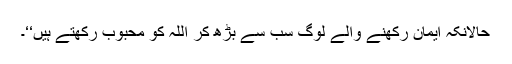
حالانکہ ایمان رکھنے والے لوگ سب سے بڑھ کر اللہ کو محبوب رکھتے ہیں‘‘۔